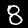
Label: 8